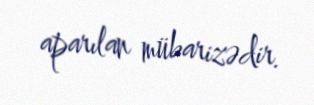
aparılan mübarizədir.